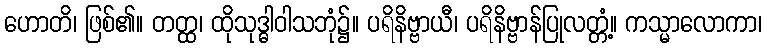
ဟောတိ၊ ဖြစ်၏။ တတ္ထ၊ ထိုသုဒ္ဓါဝါသဘုံ၌။ ပရိနိဗ္ဗာယီ၊ ပရိနိဗ္ဗာန်ပြုလတ္တံ့။ ကသ္မာလောကာ၊